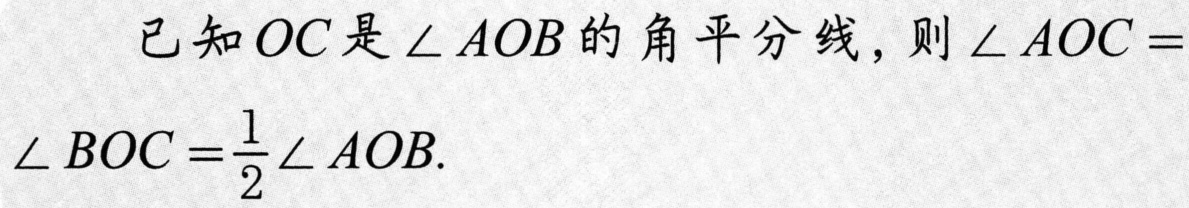
已知\(OC\)是\(\angle AOB\)的角平分线，则\(\angle AOC = \angle BOC=\frac{1}{2}\angle AOB\).